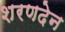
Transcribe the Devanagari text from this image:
शरणदेन